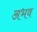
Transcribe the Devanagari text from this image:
अभव